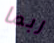
ربما